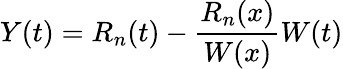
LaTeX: Y(t)=R_{n}(t)-{\frac{R_{n}(x)}{W(x)}}W(t)